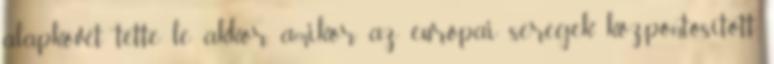
alapkövét tette le akkor, amikor az európai seregek központosított